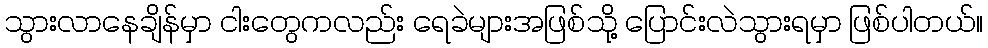
သွားလာနေချိန်မှာ ငါးတွေကလည်း ရေခဲများအဖြစ်သို့ ပြောင်းလဲသွားရမှာ ဖြစ်ပါတယ်။